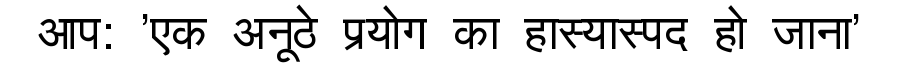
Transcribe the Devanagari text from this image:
आप: 'एक अनूठे प्रयोग का हास्यास्पद हो जाना'